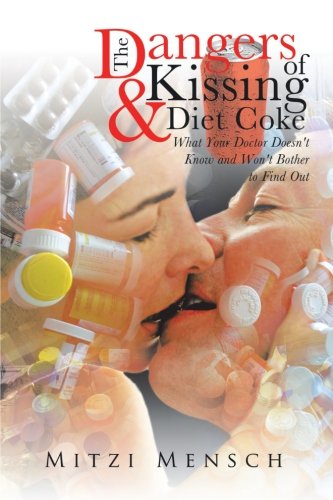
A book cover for The Dangers of Kissing and Diet Coke: What Your Doctor Doesn't Know and Won't Bother to Find Out; Mitzi Mensch; Health, Fitness & Dieting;